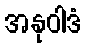
အနုဝါဒံ